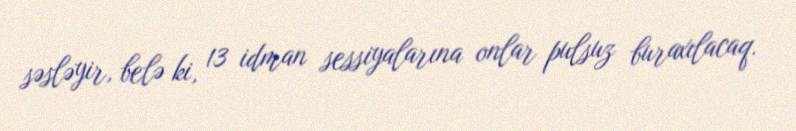
səsləyir, belə ki, 13 idman sessiyalarına onlar pulsuz buraxılacaq.